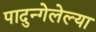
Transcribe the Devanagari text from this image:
पादुन्गेलेल्या